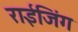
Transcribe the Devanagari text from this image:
राईजिंग